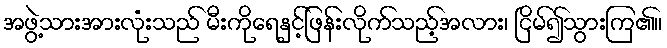
အဖွဲ့သားအားလုံးသည် မီးကိုရေနှင့်ဖြန်းလိုက်သည့်အလား၊ ငြိမ်၍သွားကြ၏။